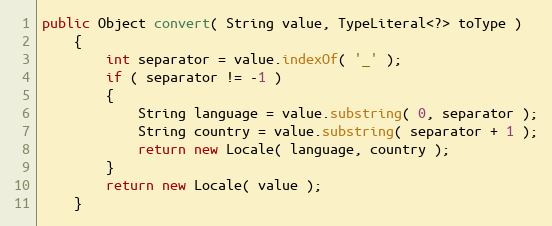
Language: Java
public Object convert( String value, TypeLiteral<?> toType )
    {
        int separator = value.indexOf( '_' );
        if ( separator != -1 )
        {
            String language = value.substring( 0, separator );
            String country = value.substring( separator + 1 );
            return new Locale( language, country );
        }
        return new Locale( value );
    }